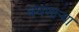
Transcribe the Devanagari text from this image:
बघणार्‍या